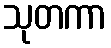
သုတကာ